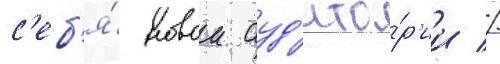
с'еб'я́ новои ауд'ито́р'ии //